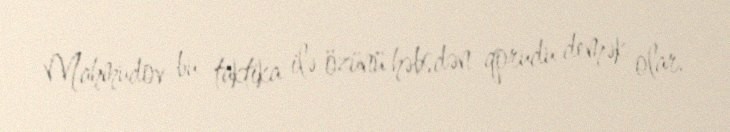
Mahmudov bu taktika ilə özünü həbsdən qorudu demək olar.